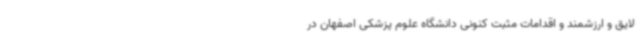
لایق و ارزشمند و اقدامات مثبت کنونی دانشگاه علوم پزشکی اصفهان در